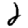
Digit: 2